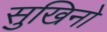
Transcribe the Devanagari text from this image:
सुखिनो